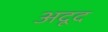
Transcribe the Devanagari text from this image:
अदूद